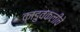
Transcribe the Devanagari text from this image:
काडुवकलीचे